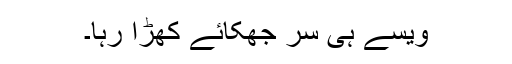
ویسے ہی سر جھکائے کھڑا رہا۔